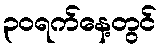
၃၀ရက်နေ့တွင်